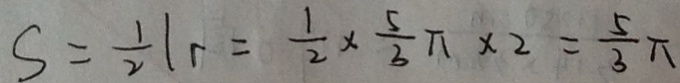
S = \frac { 1 } { 2 } l r = \frac { 1 } { 2 } \times \frac { 5 } { 3 } \pi \times 2 = \frac { 5 } { 3 } \pi